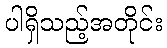
ပါရှိသည့်အတိုင်း